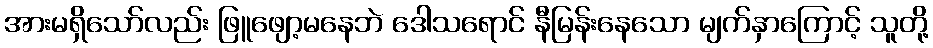
အားမရှိသော်လည်း ဖြူဖျော့မနေဘဲ ဒေါသရောင် နီမြန်းနေသော မျက်နှာကြောင့် သူတို့